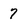
Character: 7